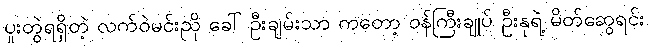
ပူးတွဲရရှိတဲ့ လက်ဝဲမင်းညို ခေါ် ဦးချမ်းသာ ကတော့ ဝန်ကြီးချုပ် ဦးနုရဲ့ မိတ်ဆွေရင်း